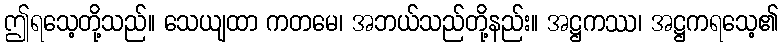
ဤရသေ့တို့သည်။ သေယျထာ ကတမေ၊ အဘယ်သည်တို့နည်း။ အဋ္ဌကဿ၊ အဋ္ဌကရသေ့၏